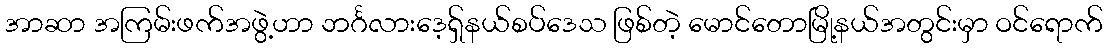
အာဆာ အကြမ်းဖက်အဖွဲ့ဟာ ဘင်္ဂလားဒေ့ရှ်နယ်စပ်ဒေသ ဖြစ်တဲ့ မောင်တောမြို့နယ်အတွင်းမှာ ဝင်ရောက်